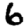
Digit: 6